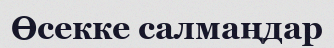
Өсекке салмаңдар